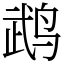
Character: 鹉